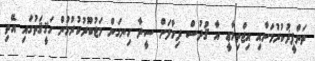
ތަންފީޛުކުރުމަށާއި އިޖްތިމާޢީ އާ ޤުދުސް ދިމާލަށް ސީދާ ހިނގަން މަޖުބޫރުކުރުމުން ހަޤީޤަތުގައި އޭތި